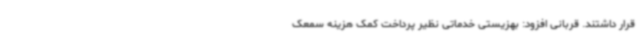
قرار داشتند. قربانی افزود: بهزیستی خدماتی نظیر پرداخت کمک ‌هزینه سمعک